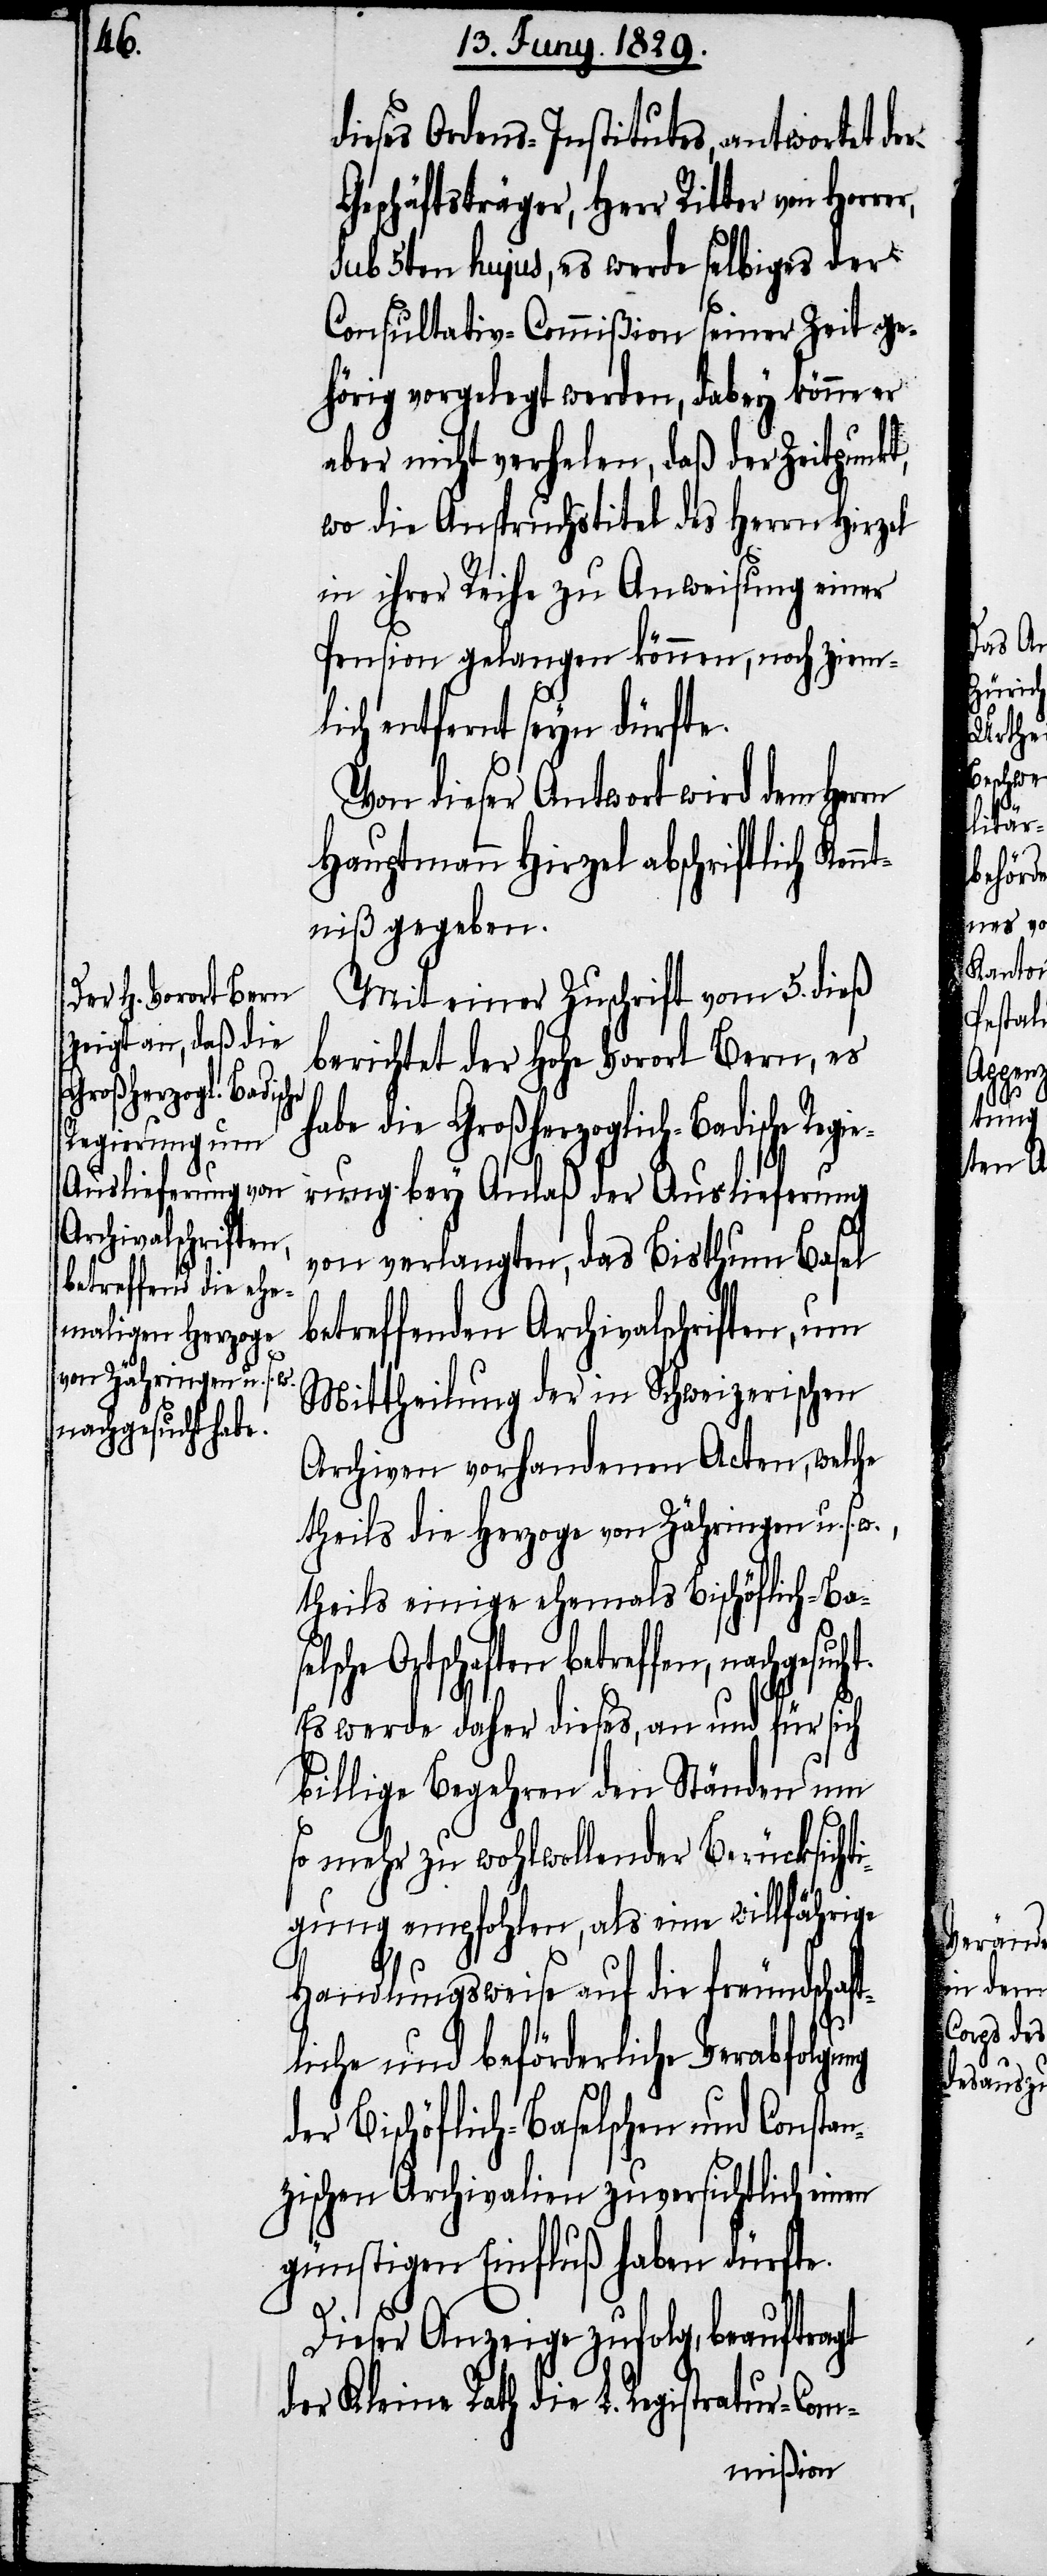
dieses Ordens-Institutes, antwortet der
Geschäftsträger, Herr Ritter von
sub 5ten hujus, es werde selbiges der
Consultativ-Commißion seiner Zeit ge¬
hörig vorgelegt werden, dabey könne er
aber nicht verhelen, daß der Zeitpunkt,
wo die Anspruchstitel des Herrn Hirzel
in ihrer Reihe zu Anweisung einer
Pension gelangen können, noch ziem¬
lich entfernt seyn dürfte.
Von dieser Antwort wird dem Herrn
Hauptmann Hirzel abschriftlich Ken¬
ntniß gegeben.
Mit einer Zuschrift vom 5. dieß
berichtet der Hohe Vorort Bern, es
habe die Großherzoglich-Badische R¬
egierung bey Anlaß der Auslieferung
von verlangten, das Bisthum Basel
betreffenden Archivalschriften, um
Mittheilung der in Schweizerischen
Archiven vorhandenen Acten, welche
theils die Herzoge von Zähringen u. s.
theils einige ehemals Bischöflich-Ba¬
betreffen, nachgesucht.
Es werde daher dieses, an und für sich
billige Begehren den Ständen um
so mehr zu wohlwollender Berücksichti¬
gung empfohlen, als eine willfährige
Handlungsweise auf die freundschaf¬
tliche und beförderliche Verabfolgung
der Bischöflich-Baselschen und Consta¬
nzischen Archivalien zuversichtlich einen
günstigen Einfluß haben dürfte.
Dieser Anzeige zufolg, beauftragt
der Kleine Rath die L. Registratur-Com-